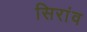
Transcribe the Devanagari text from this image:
सिरांव